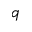
\boldsymbol { q }